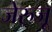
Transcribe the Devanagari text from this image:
जेरुजू